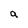
Character: g